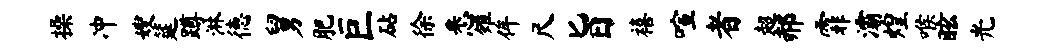
操冲嫂筵蹲淋德舅肥巨砧徐悉雉侔尺旨禧喧者超郝霏灞煌喉眩光